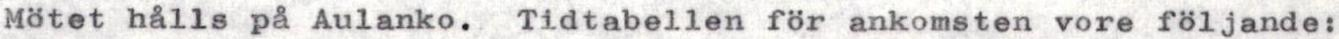
Mötet hålls på Aulanko. Tidtabellen för ankomsten vore följande: